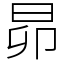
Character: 昴